Report on vaccination in Madras 1904-1921 - 1904-1921
Year: 1904
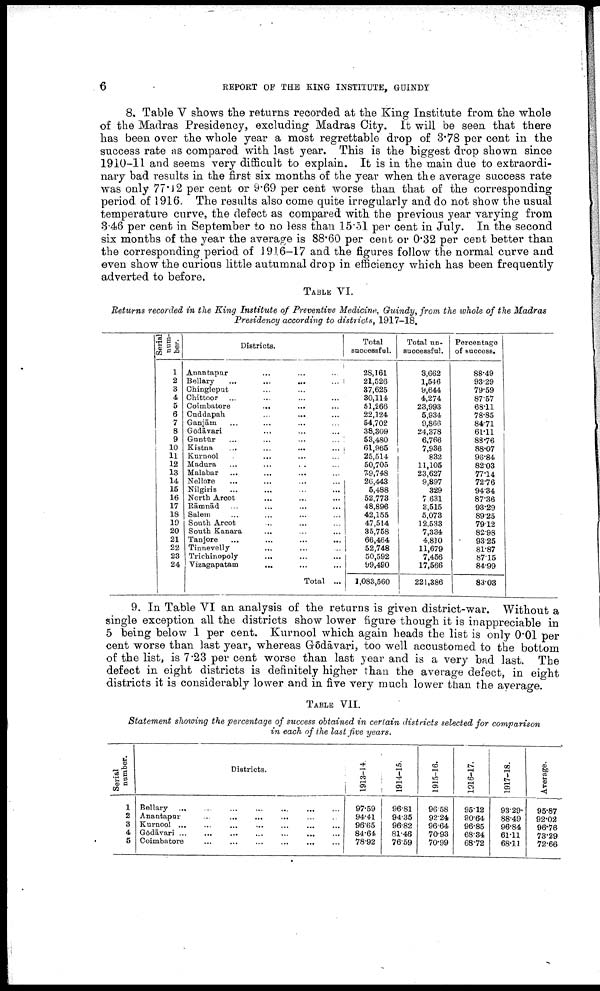
6
REPORT OF THE KING INSTITUTE, GUINDT
8. Table V shows the returns recorded at the King Institute from the whole
of the Madras Presidency, excluding Madras City. It will be seen that there
has been over the whole year a most regrettable drop of 3.78 per cent in the
success rate as compared with last year. This is the biggest drop shown since
1910-11 and seems very difficult to explain. It is in the main due to extraordi
nary bad results in the first six months of the year when the average success rate
was only 77.12 per cent or 9.69 per cent worse than that of the corresponding
period of 1916. The results also come quite irregularly and do not show the usual
temperature curve, the defect as compared with the previous year varying from
3.46 per cent in September to no less than 15.51 per cent in July. In the second
six months of the year the average is 88.60 per cent or 0.32 per cent better than
the corresponding period of 1916-17 and the figures follow the normal curve and
even show the curious little autumnal drop in efficiency which has been frequently
adverted to before.
TABLE VI.
Returns recorded in the King Institute of Preventive Medicine, Guindy, from the whole of the Madras
Presidency according to districts, 1917-18.
Serial
num
ber.
1
2
3
4
5
6
7
8
9
10
11
12
13
14
15
16
17
18
10
20
21
22
23
24
Districts.
Anantapur ... ... ...
Bellary
...
...
...
...
...
Chingleput ... ... ...
Chittoor ... ... ... ...
Coimbatore ... ... ... ...
Cuddapah ... ... ... ...
Ganjām ... ... ... ...
Godāvari ... ... ... ...
Guntūr ... ... ... ...
Kistna ... ... ... ...
Kurnnol ... ... ... ...
Madura ... ... ... ...
Malabar ... ... ... ...
Nellore ... ... ... ...
Nilgiris ... ... ... ...
North Arcot ... ... ...
Rāmnād ... ... ... ...
Salem ... ... ... ...
South Arcot ... ... ...
South Kanara ... ... ...
Tanjore ... ... ...
Tinnevelly ... ... ... ...
Trichinopoly ... ... ...
Vizagapatam ... ... ...
Total ...
Total
successful.
28,161
21,526
37,625
30,114
61,266
22,124
54,702
38,309
53,480
61,965
25,514
50,705
79,748
26,443
6,488
52,773
48,896
42,155
47,514
35,758
66,464
52,748
50,592
99,490
1,083,560
Total un-
successful.
8,662
1,546
9,644
4,274
23,993
5,934
9,866
24,378
6,766
7,936
832
11,105
23,627
9,897
329
7,631
3,515
5,073
12,533
7,334
4,810
11,679
7,456
17,566
221,386
Percentage
of success.
88.49
93.29
79.59
87.57
68.11
78.85
84.71
61.11
88.76
88.07
96.84
82.03
77.14
72.76
94.34
87.36
93.29
89.25
79.12
82.98
93.25
81.87
87.15
84.99
83.03
9. In Table VI an analysis of the returns is given district-war. Without a
single exception all the districts show lower figure though it is inappreciable in
5 being below 1 per cent. Kurnool which again heads the list is only 0.01 per
cent worse than last year, whereas Gōdāvari, too well accustomed to the bottom
of the list, is 7.23 per cent worse than last year and is a very bad last. The
defect in eight districts is definitely higher than the average defect, in eight
districts it is considerably lower and in five very much lower than the average.
TABLE VII.
Statement showing the percentage of success obtained in certain districts selected for comparison
in each of the last five years.
Serial
number.
1
2
3
4
5
Districts.
Bellary
...
...
...
...
...
...
...
...
Anantapur ... ... ... ... ... ... ...
Kurnool
...
...
...
...
...
...
...
Gōdāvari ... ... ... ... ... ... ...
Coimbatore
...
...
...
...
...
...
...
1913-14.
97.59
94.41
96.65
84.64
78.92
1914-15.
96.81
94.35
96.82
81.46
76.59
1915-16.
96.58
92.24
96.64
70.93
70.99
1916-17.
95.12
90.64
96.85
68.34
68.72
1917-18.
93.29
88.49
96.84
61.11
68.11
Average.
95.87
92.02
96.76
73.29
72.66